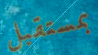
بمستقبل